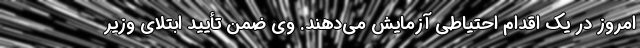
امروز در یک اقدام احتیاطی آزمایش می‌دهند. وی ضمن تأیید ابتلای وزیر